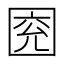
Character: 𡇰